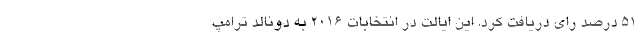
۵۱ درصد رای دریافت کرد. این ایالت در انتخابات ۲۰۱۶ به دونالد ترامپ